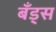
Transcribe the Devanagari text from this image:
बँड्स